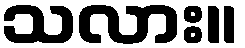
သလား။